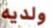
ولديه